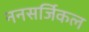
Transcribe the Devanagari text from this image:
ननसर्जिकल